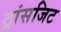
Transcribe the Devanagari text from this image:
ट्रांसजिट